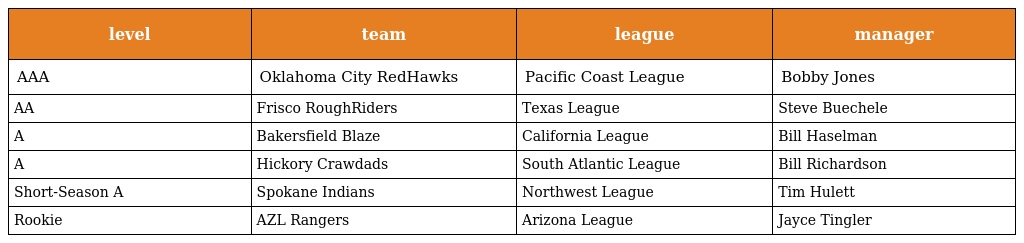
| level | team | league | manager |
 | --- | --- | --- | --- |
 | AAA | Oklahoma City RedHawks | Pacific Coast League | Bobby Jones |
 | AA | Frisco RoughRiders | Texas League | Steve Buechele |
 | A | Bakersfield Blaze | California League | Bill Haselman |
 | A | Hickory Crawdads | South Atlantic League | Bill Richardson |
 | Short-Season A | Spokane Indians | Northwest League | Tim Hulett |
 | Rookie | AZL Rangers | Arizona League | Jayce Tingler |